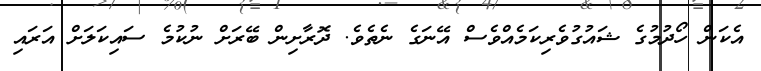
އެކަން ހޯދުމުގެ ޝައުގުވެރިކަމެއްވެސް އޭނަގެ ނެތެވެ. ދޮރާށިން ބޭރަށް ނުކުމެ ސައިކަލަށް އަރައި